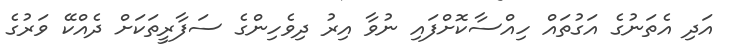
އަދި އެތަނުގެ އަގުތައް ހިއްސާކޮށްފައި ނުވާ އިރު ދިވެހިންގެ ސަފާރީތަކަށް ދެއްކޭ ވަރުގެ